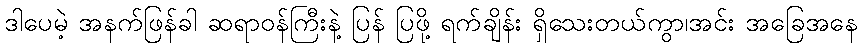
ဒါပေမဲ့ အနက်ဖြန်ခါ ဆရာဝန်ကြီးနဲ့ ပြန် ပြဖို့ ရက်ချိန်း ရှိသေးတယ်ကွာ၊အင်း အခြေအနေ